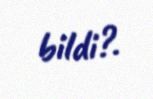
bildi?.